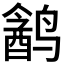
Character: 𱊣